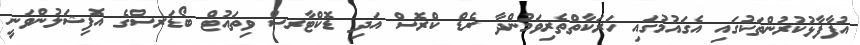
އުފާފާޅުކުރުންތަކުގައި އެގައުމުގައި ހަރަކާތްތެރިވަމުންދާ ރެޑް ކްރޮސް އަދި ޑޮކްޓާރސް ވިތައުޓް ބޯޑަރސްގެ އޮފިޝަލުންވަނީ